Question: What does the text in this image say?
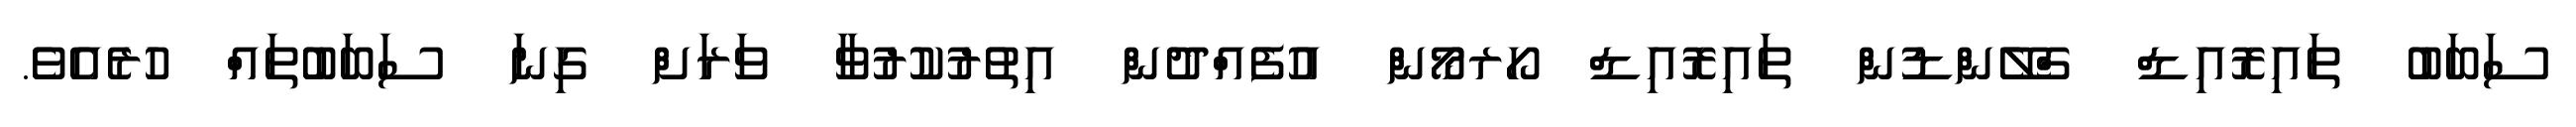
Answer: ސަބަބު ތައިރޮއިޑް ގްލޭންޑުން ތައިރޮއިޑް ހޯރމޯން އުފެއްދުން އިތުރުކުރުވާ ވަރަށް ގިނަ ސަބަބުތައް ހުރެއެވެ.